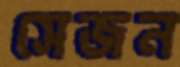
সেজন